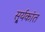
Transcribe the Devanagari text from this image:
सू्र्यकांत